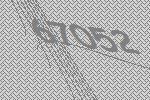
67052